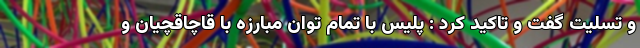
و تسلیت گفت و تاکید کرد : پلیس با تمام توان مبارزه با قاچاقچیان و